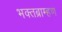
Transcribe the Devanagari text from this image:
भक्तब्राम्हण